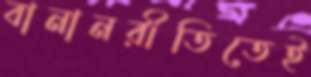
বানানরীতিতেই